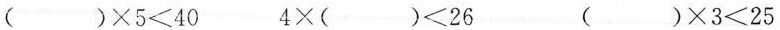
$$( ) \times 5 ＜ 4 0$$$$4 \times ( ) < 2 6$$$$( ) \times 3 ＜ 2 5$$